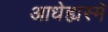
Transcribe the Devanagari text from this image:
आधेह्यस्मे